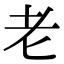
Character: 老